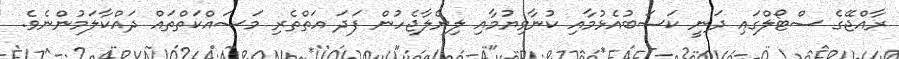
ރާއްޖޭގެ ސްޓޯލްގައި ދަނީ ކަސަބުއެޅުމާއި ކުނާވިޔުމާއި ލިޔެލާޖެހުން ފަދަ އަތްތެރި މަސައްކަތްތައް ދައްކާލަމުންނެވެ.